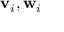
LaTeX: \mathbf { v } _ { i } , \mathbf { w } _ { i }